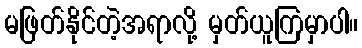
မဖြတ်နိုင်တဲ့အရာလို့ မှတ်ယူကြမှာပါ။